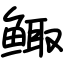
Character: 鲰